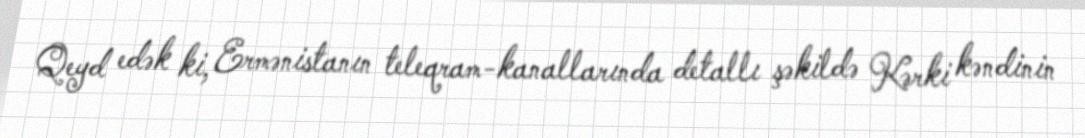
Qeyd edək ki, Ermənistanın teleqram-kanallarında detallı şəkildə Kərki kəndinin